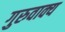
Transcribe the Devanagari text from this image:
गुरुवाक्य